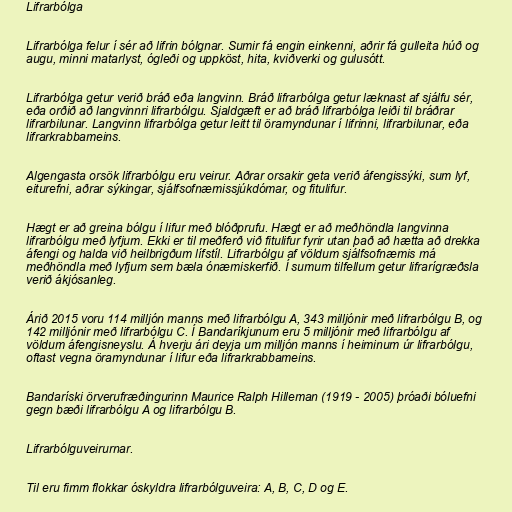
Lifrarbólga

Lifrarbólga felur í sér að lifrin bólgnar. Sumir fá engin einkenni, aðrir fá gulleita húð og
augu, minni matarlyst, ógleði og uppköst, hita, kviðverki og gulusótt.

Lifrarbólga getur verið bráð eða langvinn. Bráð lifrarbólga getur læknast af sjálfu sér,
eða orðið að langvinnri lifrarbólgu. Sjaldgæft er að bráð lifrarbólga leiði til bráðrar
lifrarbilunar. Langvinn lifrarbólga getur leitt til öramyndunar í lifrinni, lifrarbilunar, eða
lifrarkrabbameins.

Algengasta orsök lifrarbólgu eru veirur. Aðrar orsakir geta verið áfengissýki, sum lyf,
eiturefni, aðrar sýkingar, sjálfsofnæmissjúkdómar, og fitulifur.

Hægt er að greina bólgu í lifur með blóðprufu. Hægt er að meðhöndla langvinna
lifrarbólgu með lyfjum. Ekki er til meðferð við fitulifur fyrir utan það að hætta að drekka
áfengi og halda við heilbrigðum lífstíl. Lifrarbólgu af völdum sjálfsofnæmis má
meðhöndla með lyfjum sem bæla ónæmiskerfið. Í sumum tilfellum getur lifrarígræðsla
verið ákjósanleg.

Árið 2015 voru 114 milljón manns með lifrarbólgu A, 343 milljónir með lifrarbólgu B, og
142 milljónir með lifrarbólgu C. Í Bandaríkjunum eru 5 milljónir með lifrarbólgu af
völdum áfengisneyslu. Á hverju ári deyja um milljón manns í heiminum úr lifrarbólgu,
oftast vegna öramyndunar í lifur eða lifrarkrabbameins.

Bandaríski örverufræðingurinn Maurice Ralph Hilleman (1919 - 2005) þróaði bóluefni
gegn bæði lifrarbólgu A og lifrarbólgu B.

Lifrarbólguveirurnar.

Til eru fimm flokkar óskyldra lifrarbólguveira: A, B, C, D og E.